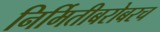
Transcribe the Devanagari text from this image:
निर्मितीबरोबरच